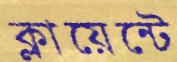
ক্লায়েন্টে